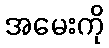
အမေးကို